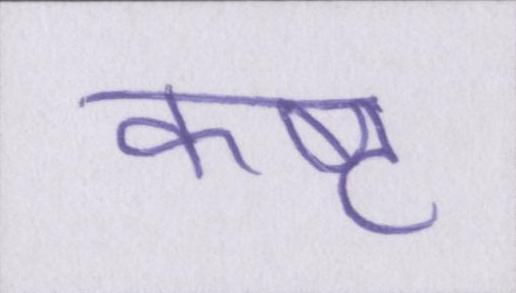
कष्ट